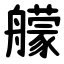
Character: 艨